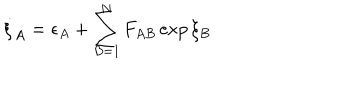
LaTeX: \dot { \xi } _ { A } = \epsilon _ { A } + \sum _ { B = 1 } ^ { N } F _ { A B } \exp \xi _ { B }